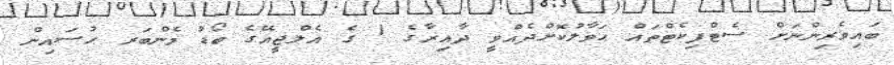
ބައިވެރިންނަށް ސެޓްފިކެޓްތައް ޙަވާލުކޮށްދެއްވީ ދާއިރާގެ 1 ގެ އެލްޖީއޭގެ ބޯޑު މެންބަރ ޙުސައިން